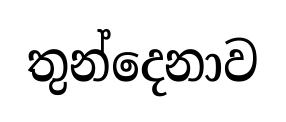
තුන්දෙනාව